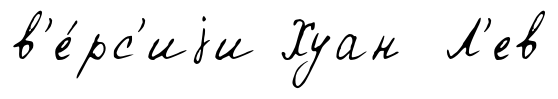
в'е́рс'иjи Хуан Л'ев